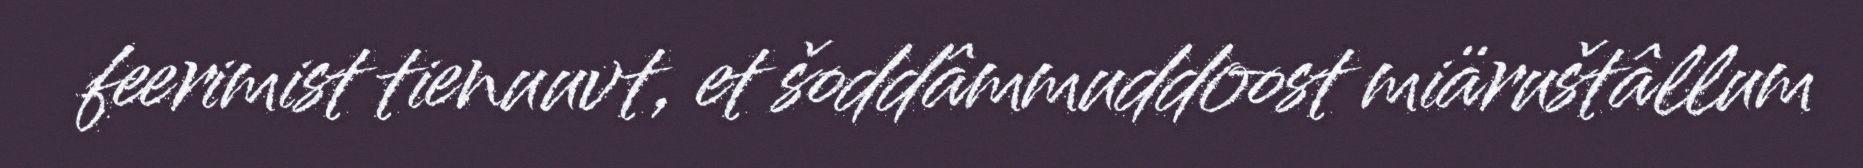
feerimist tienuuvt, et šoddâmmuddoost miäruštâllum